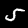
Label: 5